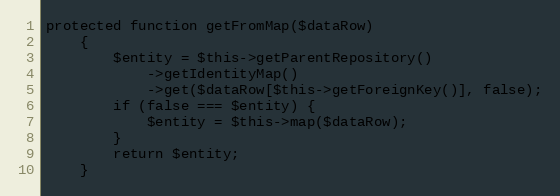
Language: PHP
protected function getFromMap($dataRow)
    {
        $entity = $this->getParentRepository()
            ->getIdentityMap()
            ->get($dataRow[$this->getForeignKey()], false);
        if (false === $entity) {
            $entity = $this->map($dataRow);
        }
        return $entity;
    }